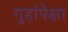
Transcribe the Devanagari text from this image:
गुहांपेक्षा